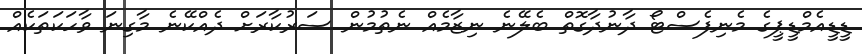
ޑީޑީއެމްޑީޕީގެ މެނިފެސްޓޯ ދާނުދާގޮތް ބެލޭނެ ނިޒާމެއް ނެތުމުން ސަރުކާރަށް ދެއްކޭނެ މާގިނަ ވާހަކަތަކެއް